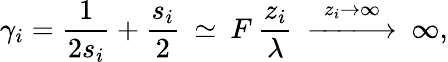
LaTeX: \gamma_{i}=\frac{1}{2s_{i}}+\frac{s_{i}}2\: \simeq\: F\: \frac{z_{i}}{\lambda}\: \stackrel{z_{i}\to\infty}{-\! \! \! -\! \! \! -\! \! \! \longrightarrow}\: \infty,